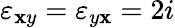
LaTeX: \varepsilon_{\mathbf{x}y}=\varepsilon_{y\mathbf{x}}=2i